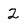
Character: 2